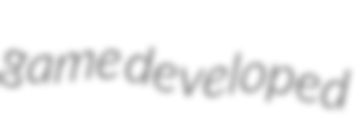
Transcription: game developed